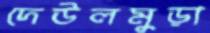
দেউলমুড়া